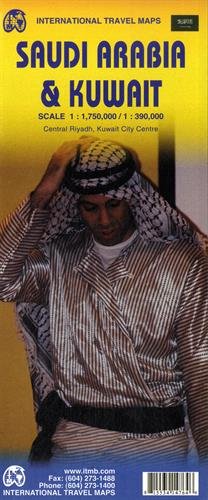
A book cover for Saudi Arabia & Kuwait Travel Reference Map 1:1,750,000/1:390,000; ITMB Publishing LTD; Travel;